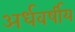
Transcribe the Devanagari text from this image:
अर्धवर्षीय